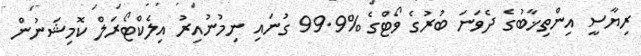
ރިޔާސީ އިންތިޚާބުގެ ދެވަނަ ބުރުގެ ވޯޓްގެ %99.9 ގުނައި ނިމުނުއިރު އިލެކްޓޯރަލް ކޮމިޝަނުން